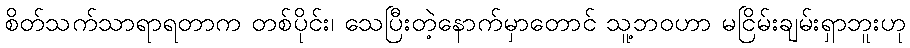
စိတ်သက်သာရာရတာက တစ်ပိုင်း၊ သေပြီးတဲ့နောက်မှာတောင် သူ့ဘဝဟာ မငြိမ်းချမ်းရှာဘူးဟု